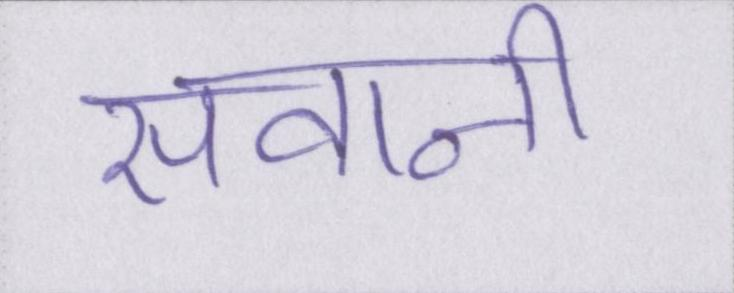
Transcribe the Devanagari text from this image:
सवानी